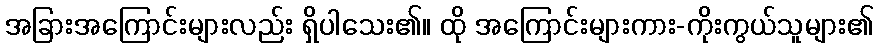
အခြားအကြောင်းများလည်း ရှိပါသေး၏။ ထို အကြောင်းများကား-ကိုးကွယ်သူများ၏